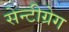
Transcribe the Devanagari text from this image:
सेन्टीग्रेग